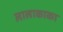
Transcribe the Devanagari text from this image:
लालाकाका